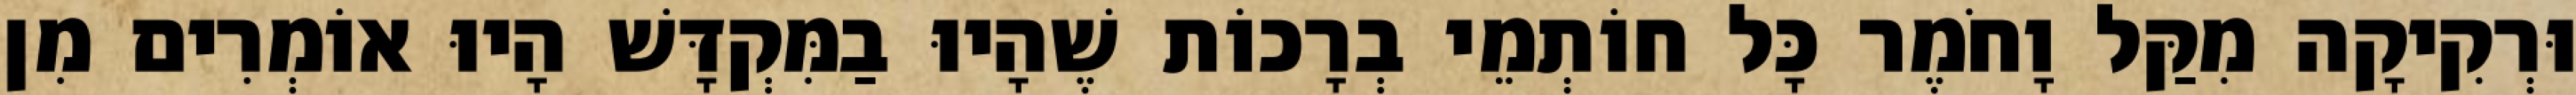
וּרְקִיקָה מִקַּל וָחֹמֶר כָּל חוֹתְמֵי בְרָכוֹת שֶׁהָיוּ בַמִּקְדָּשׁ הָיוּ אוֹמְרִים מִן